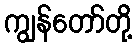
ကျွန်တော်တို့